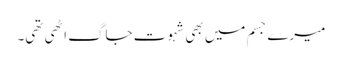
میرے جسم میں بھی شہوت جاگ اٹھی تھی۔